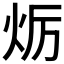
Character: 𤇃